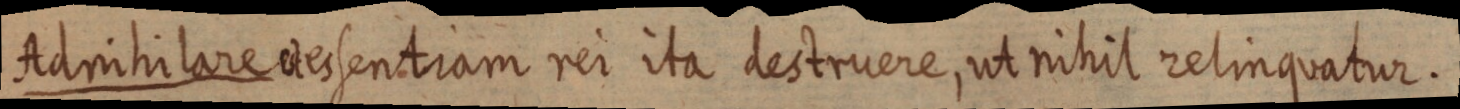
adnihilare et essentiam rei ita destruere, ut nihil relinquatur.